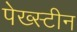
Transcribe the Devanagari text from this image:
पेख्स्टीन